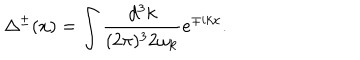
\Delta ^ { \pm } ( x ) = \int \frac { d ^ { 3 } k } { ( 2 \pi ) ^ { 3 } 2 \omega _ { { \bf k } } } e ^ { \mp i k x } .